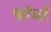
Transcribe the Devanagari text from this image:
फोर्ब्‍स